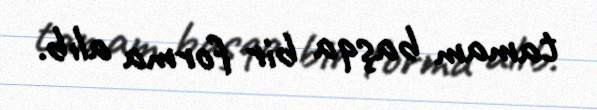
tamam başqa bir forma alıb.